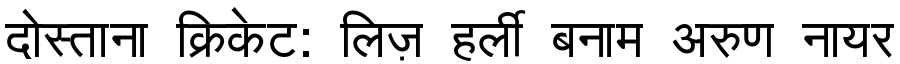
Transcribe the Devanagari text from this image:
दोस्ताना क्रिकेट: लिज़ हर्ली बनाम अरुण नायर